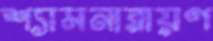
শ্যামনারায়ণ